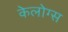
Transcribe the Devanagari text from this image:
केलोग्स